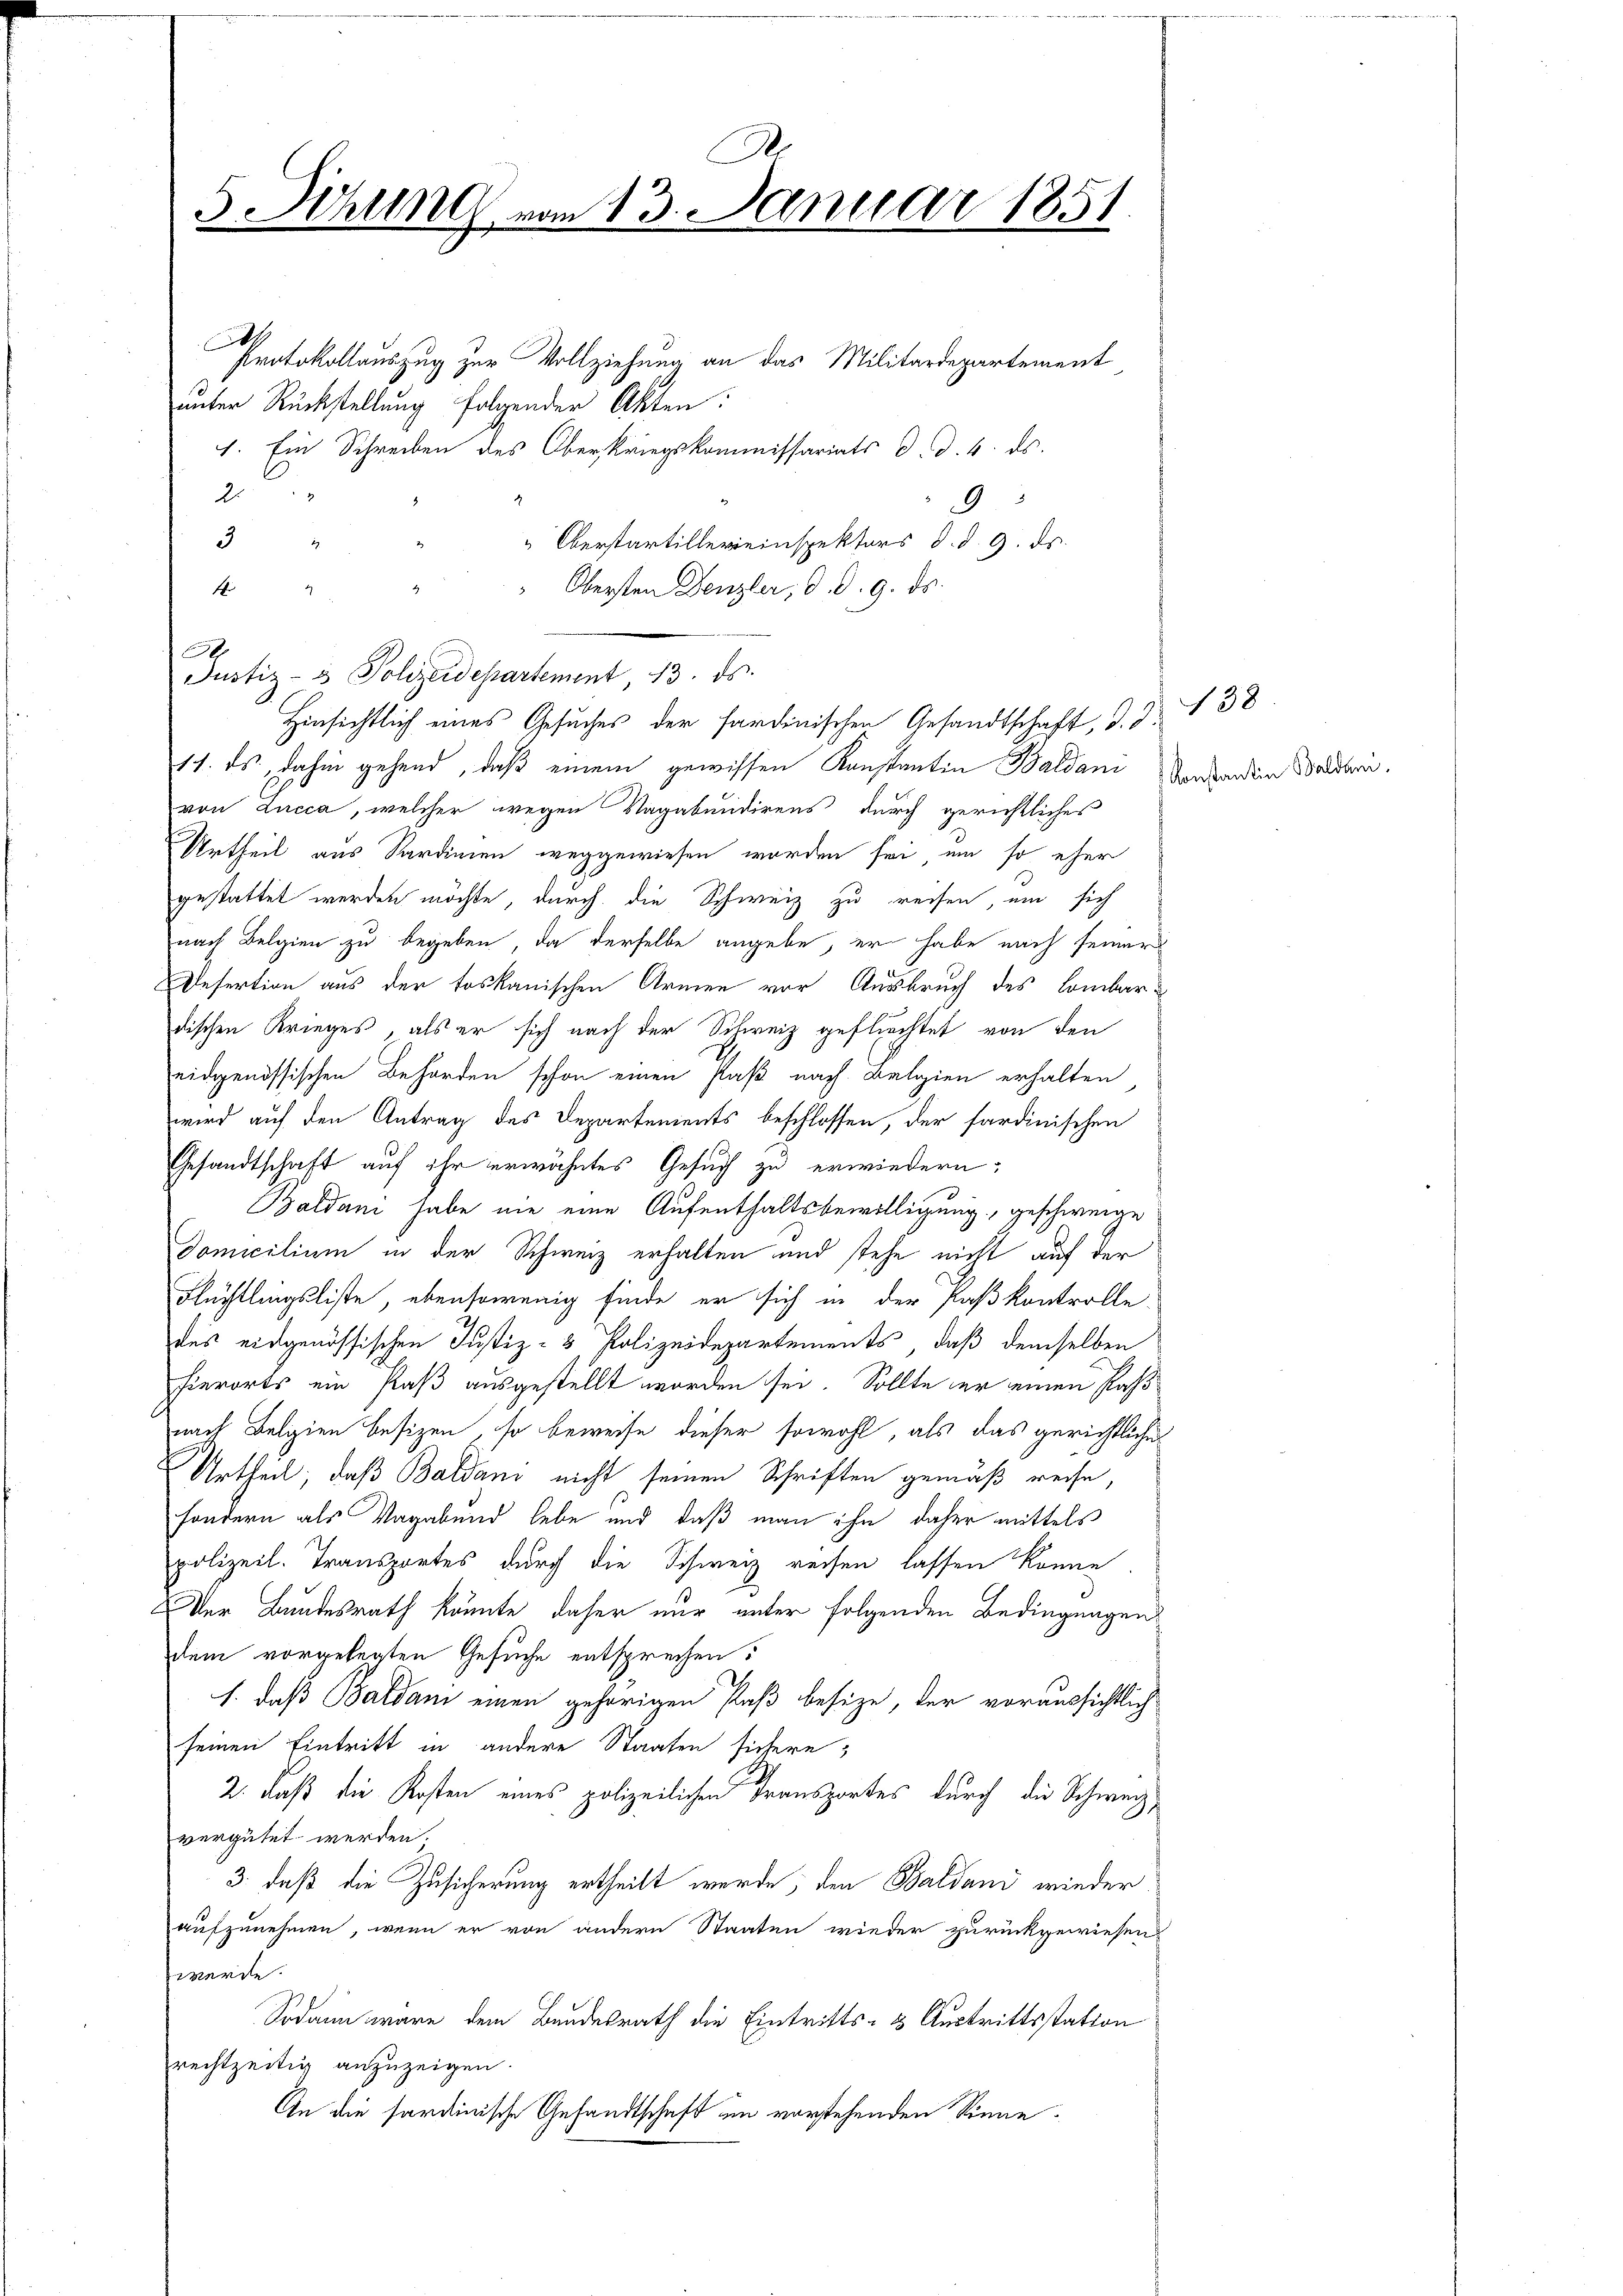
.
5. Sitzung vom 13. Januar 1851

A
Protokollauszug zur Vollziehung an das Militärdepartement
unter Rückstellung folgender Akten:
1. Ein Schreiben des Oberkriegskommissariats d. d. 4. ds.
a
9
3
Oberstartillereinspektors d. d. 9. ds.
29
4 " " " Obersten Denzler, d. d. 9. ds.
Justiz- & Polizeidepartement, 13. ds.
Hinsichtlich eines Gesuches der sardinischen Gesandtschaft, d. d.
11. ds., dahin gehend, daß einem gewissen Konstantin Baldan
von Lucca, welcher wegen Vagabundirens durch gerichtliches
Urtheil aus Sardinien weggewiesen worden sei, um so eher
gestattet werden möchte, durch die Schweiz zu reisen, um sich
nach Belgien zu begeben, da derselbe angebe, er habe nach seiner
Defertion aus der toskanischen Armen vor Ausbruch des Combardischen Krieges, als er sich nach der Schweiz geflüchtet von den
eidgenössischen Behörden schon einen Paß nach Belgien erhalten
wird auf den Antrag des Departements beschlossen, der sardinischen
Gesandtschaft auf ihr erwähntes Gesuch zu erwiedern:
Baldani habe nie eine Aufenthaltsbewilligung, geschweige
domicilium in der Schweiz erhalten und stehe nicht auf der
Flüchtlingsliste, ebensowenig finde er sich in der Paskontrolle.
des eidgenössischen Justiz- & Polizeidepartements, daß demselben
hierorts ein Paß ausgestellt worden sei. Sollte er einen Paßnach Belgien besizen, so beweise dieser sowohl als das gerichtliche
Urtheil, daß Baldans nicht seinen Schriften gemäß reise,
sondern als Vagabund lebe und daß man ihn daher mittels
polizeil. Transportes durch die Schweiz reisen lassen könne
Der Bundesrath könnte daher nur unter folgenden Bedingungen
dem vorgelegten Gesuche entsprechen:
s. daß Baldani einen gehörigen Paß besize, der voraussichtlich
seinen Eintritt in andere Staaten sichere
2. daß die Kosten eines polizeilichen Transportes durch die Schweiz,
vergütet werden.
3. daß die Zusicherung ertheilt werde, den Baldand wieder
aufzunehmen, wenn er von andern Staaten wieder zurückgewiesen.
werde.
Sodann wäre dem Bundesrath die Eintritts- & Austrittsstation
rechtzeitig anzuzeigen.
An die sardinische Gesandtschaft im vorstehenden Sinne¬

A

138

Konstantin Baldani.